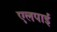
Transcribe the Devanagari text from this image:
एलपाईं